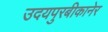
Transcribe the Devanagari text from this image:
उदयपुरबीकानेर